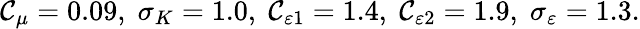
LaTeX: \mathcal{C}_{\mu}=0.09,\; \sigma_{K}=1.0,\; \mathcal{C}_{\varepsilon1}=1.4,\; \mathcal{C}_{\varepsilon2}=1.9,\; \sigma_{\varepsilon}=1.3.